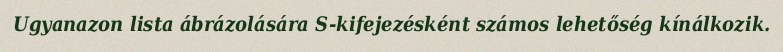
Ugyanazon lista ábrázolására S-kifejezésként számos lehetőség kínálkozik.